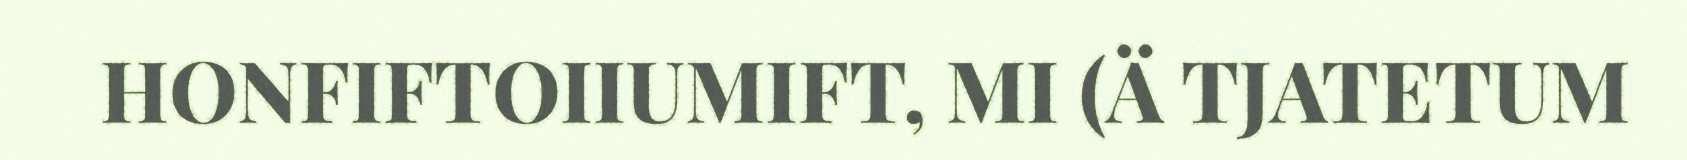
HONFIFTOIIUMIFT, MI (Ä TJATETUM